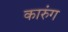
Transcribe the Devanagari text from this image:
कारुंग